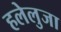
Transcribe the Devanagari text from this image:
हलेलुजा